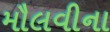
મૌલવીના